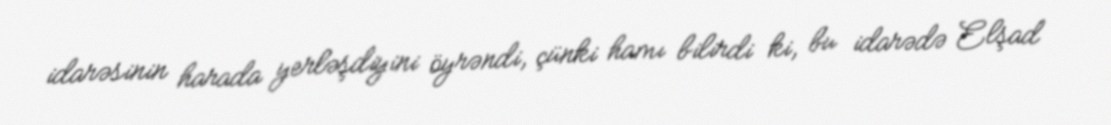
idarəsinin harada yerləşdiyini öyrəndi, çünki hamı bilirdi ki, bu idarədə Elşad